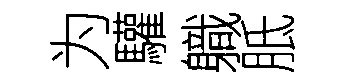
为驩軄胝